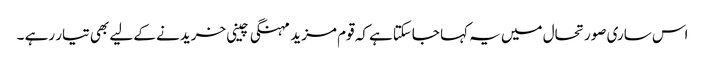
اس ساری صورتحال میں یہ کہا جاسکتاہے کہ قوم مزید مہنگی چینی خریدنے کے لیے بھی تیار رہے ۔